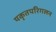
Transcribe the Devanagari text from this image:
यकृतपरिगलन